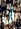
أن